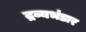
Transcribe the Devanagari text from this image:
द्रव्यभंडार